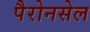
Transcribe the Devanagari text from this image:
पैरोनसेल